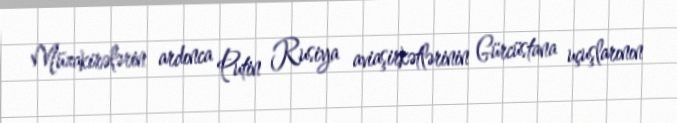
Müzakirələrin ardınca Putin Rusiya aviaşirkətlərinin Gürcüstana uçuşlarının